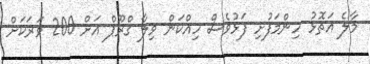
މާލެ އަތޮޅު ހިންމަފުށި ފަޅުވެސް ހިއްކަން ވިލާ ގްރޫޕް އަށް 200 ވަރަކަށް